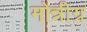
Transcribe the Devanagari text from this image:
मोन्नीग्र